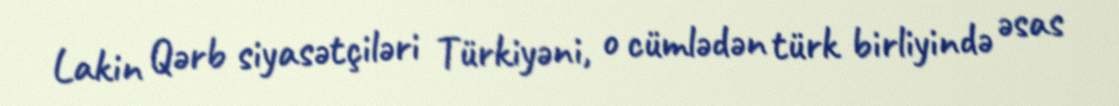
Lakin Qərb siyasətçiləri Türkiyəni, o cümlədən türk birliyində əsas